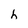
Character: h